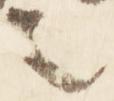
言